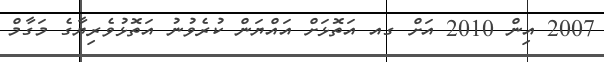
2007 އިން 2010 އަށް ގއ އަތޮޅަށް އައްޔަން ކުރެވުނު އަތޮޅުވެރިޔާގެ މަގާމް